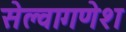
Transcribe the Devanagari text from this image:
सेल्वागणेश